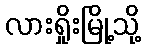
လားရှိုးမြို့သို့